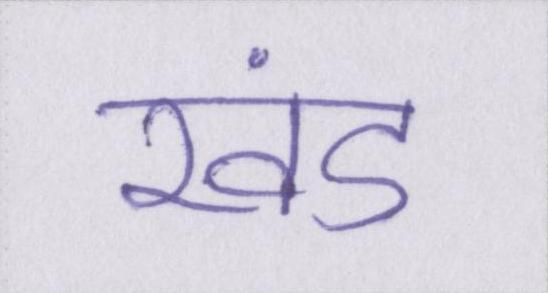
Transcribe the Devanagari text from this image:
खंड